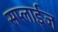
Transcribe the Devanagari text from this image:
सप्लाईज